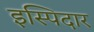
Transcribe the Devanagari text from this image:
इस्पिदार